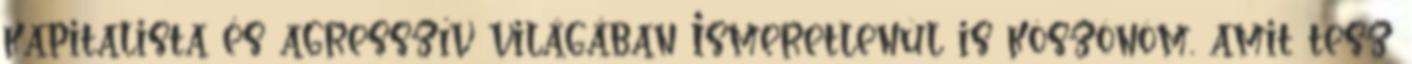
kapitalista és agresszív világában Ismeretlenül is köszönöm, amit tesz